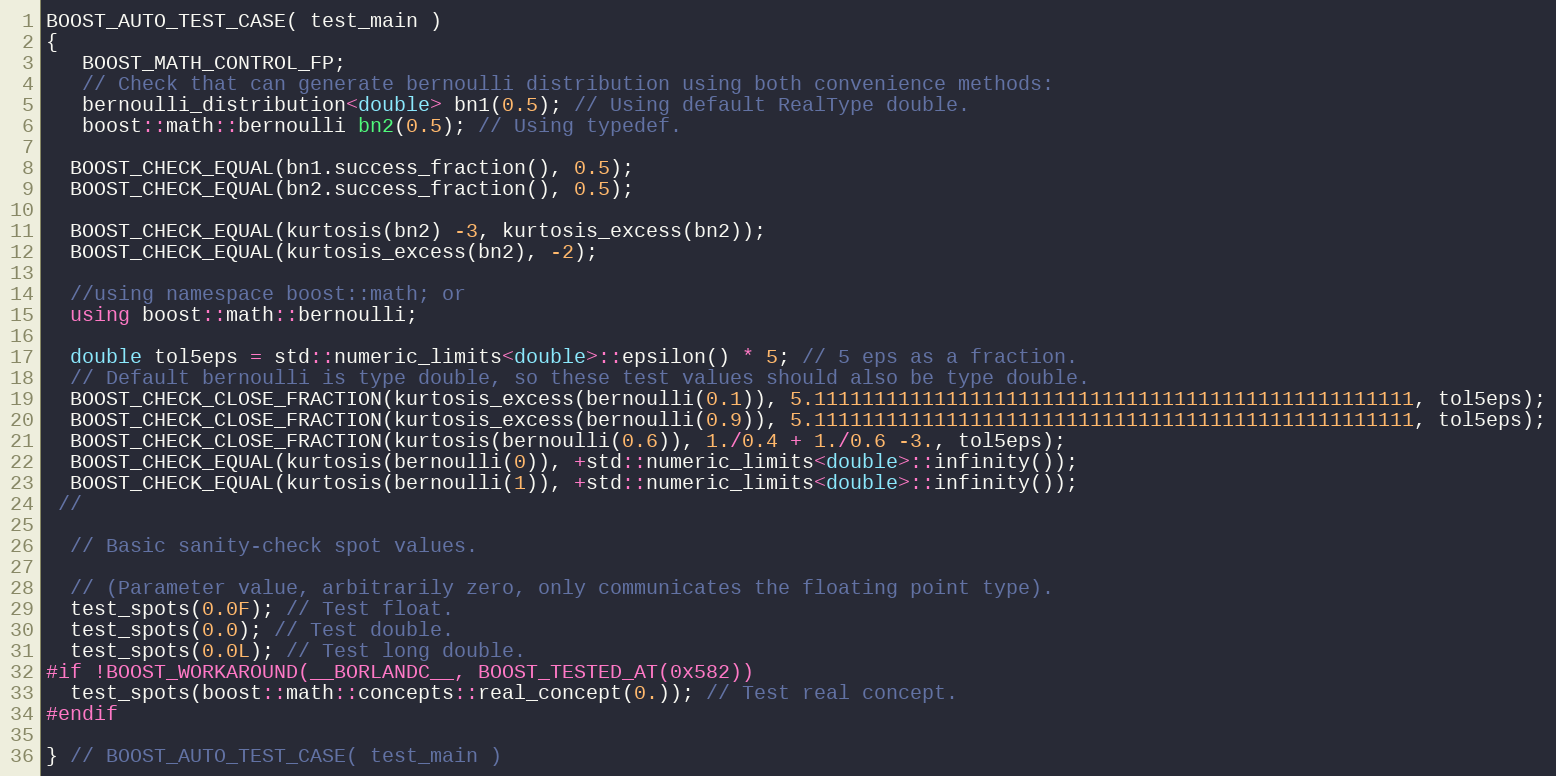
Language: C++
BOOST_AUTO_TEST_CASE( test_main )
{
   BOOST_MATH_CONTROL_FP;
   // Check that can generate bernoulli distribution using both convenience methods:
   bernoulli_distribution<double> bn1(0.5); // Using default RealType double.
   boost::math::bernoulli bn2(0.5); // Using typedef.

  BOOST_CHECK_EQUAL(bn1.success_fraction(), 0.5);
  BOOST_CHECK_EQUAL(bn2.success_fraction(), 0.5);

  BOOST_CHECK_EQUAL(kurtosis(bn2) -3, kurtosis_excess(bn2));
  BOOST_CHECK_EQUAL(kurtosis_excess(bn2), -2);

  //using namespace boost::math; or
  using boost::math::bernoulli;

  double tol5eps = std::numeric_limits<double>::epsilon() * 5; // 5 eps as a fraction.
  // Default bernoulli is type double, so these test values should also be type double.
  BOOST_CHECK_CLOSE_FRACTION(kurtosis_excess(bernoulli(0.1)), 5.11111111111111111111111111111111111111111111111111, tol5eps);
  BOOST_CHECK_CLOSE_FRACTION(kurtosis_excess(bernoulli(0.9)), 5.11111111111111111111111111111111111111111111111111, tol5eps);
  BOOST_CHECK_CLOSE_FRACTION(kurtosis(bernoulli(0.6)), 1./0.4 + 1./0.6 -3., tol5eps);
  BOOST_CHECK_EQUAL(kurtosis(bernoulli(0)), +std::numeric_limits<double>::infinity());
  BOOST_CHECK_EQUAL(kurtosis(bernoulli(1)), +std::numeric_limits<double>::infinity());
 //

  // Basic sanity-check spot values.

  // (Parameter value, arbitrarily zero, only communicates the floating point type).
  test_spots(0.0F); // Test float.
  test_spots(0.0); // Test double.
  test_spots(0.0L); // Test long double.
#if !BOOST_WORKAROUND(__BORLANDC__, BOOST_TESTED_AT(0x582))
  test_spots(boost::math::concepts::real_concept(0.)); // Test real concept.
#endif

} // BOOST_AUTO_TEST_CASE( test_main )